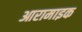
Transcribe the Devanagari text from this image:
आरामाइक